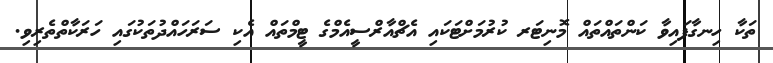
ތަކާ ހިނގާފައިވާ ކަންތައްތައް މޮނިޓަރ ކުރުމަށްޓަކައި އެޗްއާރްސީއެމްގެ ޓީމްތައް އެކި ސަރަހައްދުތަކުގައި ހަރަކާތްތެރިވި.